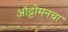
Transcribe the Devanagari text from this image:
ऑट्टोमनचा